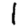
Digit: 1